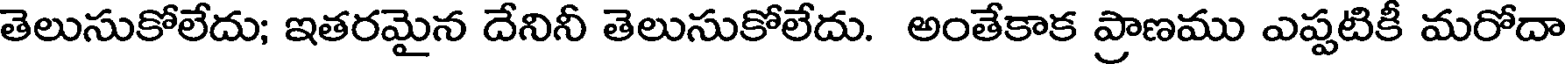
తెలుసుకోలేదు; ఇతరమైన దేనినీ తెలుసుకోలేదు. అంతేకాక ప్రాణము ఎప్పటికీ మరోదా